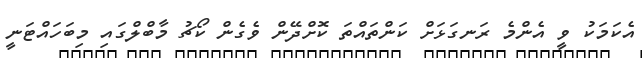
އެކަމަކު ވީ އެންމެ ރަނގަޅަށް ކަންތައްތަ ކޮށްދޭން ވެގެން ކޯޗު މާބްލްގައި މިބަހައްޓަނީ